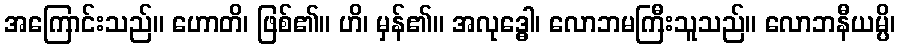
အကြောင်းသည်။ ဟောတိ၊ ဖြစ်၏။ ဟိ၊ မှန်၏။ အလုဒ္ဓေါ၊ လောဘမကြီးသူသည်။ လောဘနီယမ္ပိ၊